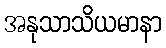
အနုသာသိယမာနာ